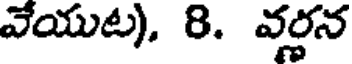
వేయుట), 8. వర్ణన